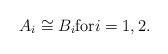
LaTeX: \begin{align*}A_i \cong B_i \mbox{for} i=1,2. \end{align*}